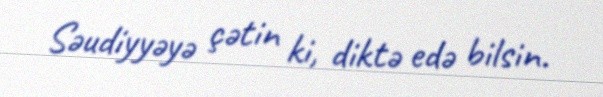
Səudiyyəyə çətin ki, diktə edə bilsin.